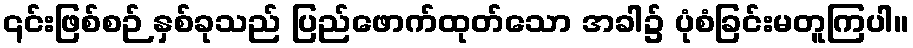
၎င်းဖြစ်စဉ် နှစ်ခုသည် ပြည်ဖောက်ထုတ်သော အခါ၌ ပုံစံခြင်းမတူကြပါ။